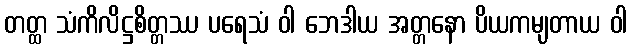
တတ္ထ သံကိလိဋ္ဌစိတ္တဿ ပရေသံ ဝါ ဘေဒါယ အတ္တနော ပိယကမျတာယ ဝါ